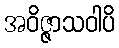
အဝိဇ္ဇာသဝါပိ